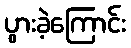
ပွားခဲ့ကြောင်း